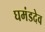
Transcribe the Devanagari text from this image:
घमंडदेव